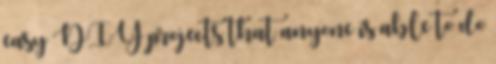
easy DIY projects that anyone is able to do